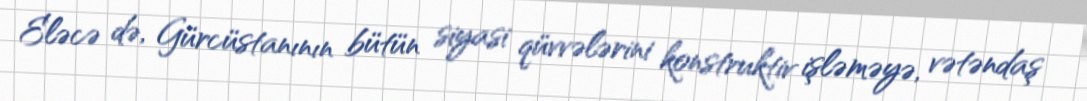
Eləcə də, Gürcüstanının bütün siyasi qüvvələrini konstruktiv işləməyə, vətəndaş